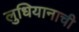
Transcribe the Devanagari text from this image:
लुधियानाची